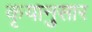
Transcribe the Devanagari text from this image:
कृयानुसार